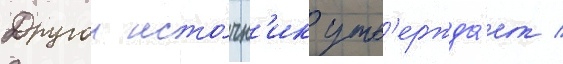
Другои исто́чн'ик утв'ержда́ет /